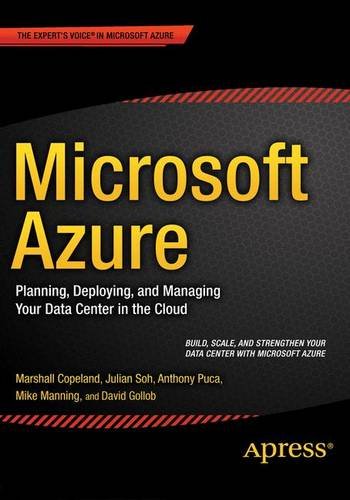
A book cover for Microsoft Azure: Planning, Deploying, and Managing Your Data Center in the Cloud; Marshall Copeland; Computers & Technology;